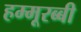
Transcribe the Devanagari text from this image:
हम्मूरब्बी